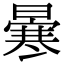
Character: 𠘗